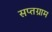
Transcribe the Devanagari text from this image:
सप्तग्राम